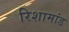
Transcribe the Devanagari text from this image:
रिशामांड